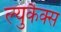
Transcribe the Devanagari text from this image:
ल्युकैक्स